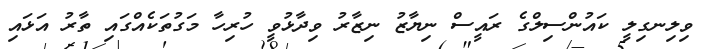
ވިލިނގިލީ ކައުންސިލްގެ ރައީސް ނިޔާޒު ނިޒާރު ވިދާޅުވީ ހުރިހާ މަގުތަކެއްގައި ތާރު އަޅައި